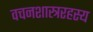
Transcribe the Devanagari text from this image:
वचनशास्त्ररहस्य